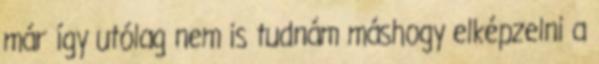
már így utólag nem is tudnám máshogy elképzelni a